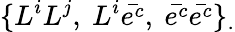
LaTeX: \{ L^{i}L^{j},~L^{i}\bar{e^{c}},~\bar{e^{c}}\bar{e^{c}}\} _{.}